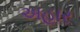
અહાર